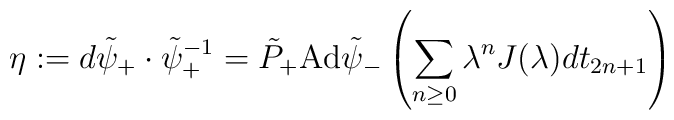
\eta:=d\tilde\psi_+\cdot\tilde\psi_+^{-1}=\tilde P_+\mbox{Ad}\tilde\psi_-\left(\sum_{n\geq0}\lambda^nJ(\lambda)dt_{2n+1}\right)